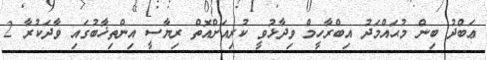
ޢަބްދު ބިން މުޙައްމަދު އިބްރާހީމް ވިދާޅުވީ ކުރިއަށްއޮތް ރިޔާސީ އިންތިޚާބުގައި ވާދަކުރާ 2